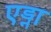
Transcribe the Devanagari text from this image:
एड्ना